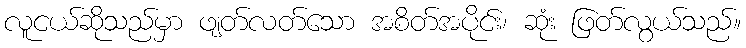
လူငယ်ဆိုသည်မှာ ဖျတ်လတ်သော အစိတ်အပိုင်း၊ ဆုံး ဖြတ်လွယ်သည်။